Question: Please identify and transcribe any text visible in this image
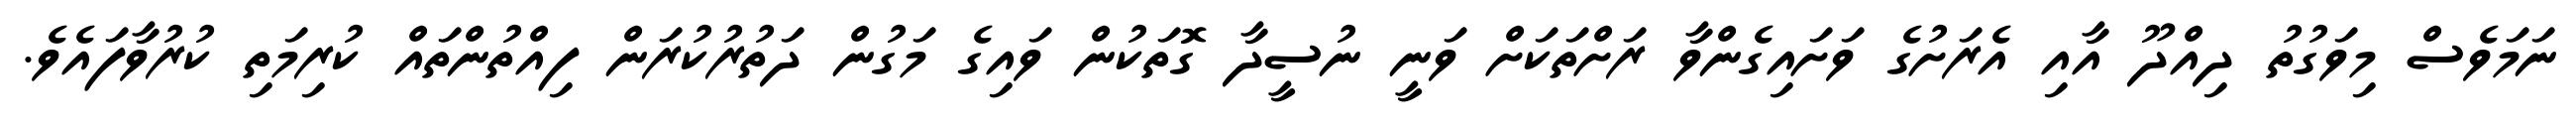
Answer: ނަމަވެސް މިވަގުތު ދިއްދޫ އާއި އެރަށުގެ ވަށައިގެންވާ ރަށްތަކަށް ވަނީ ނުސީދާ ގޮތަކުން ވައިގެ މަގުން ދަތުރުކުރަން ފިއްތުންތައް ކުރިމަތި ކުރުވާފައެވެ.